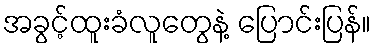
အခွင့်ထူးခံလူတွေနဲ့ ပြောင်းပြန်။